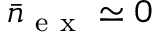
\bar { n } _ { \mathrm { ~ e ~ x ~ } } \simeq 0